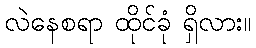
လဲနေစရာ ထိုင်ခုံ ရှိလား။